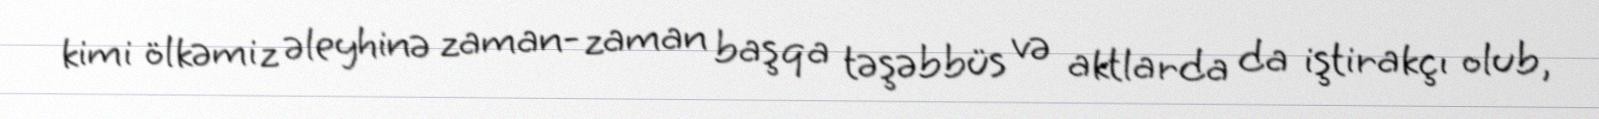
kimi ölkəmiz əleyhinə zaman-zaman başqa təşəbbüs və aktlarda da iştirakçı olub,